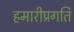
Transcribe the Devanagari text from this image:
हमारीप्रगति